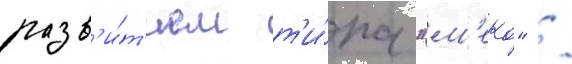
разв'и́т'ием т'и́па "м'еко" /